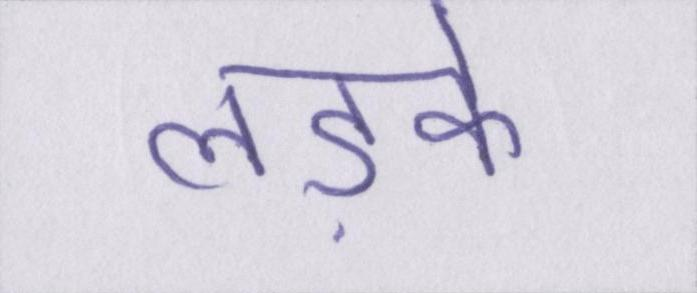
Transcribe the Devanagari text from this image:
लड़के